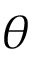
\theta